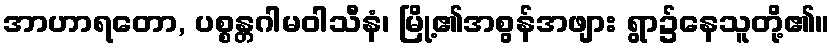
အာဟာရတော, ပစ္စန္တဂါမဝါသီနံ၊ မြို့၏အစွန်အဖျား ရွာ၌နေသူတို့၏။